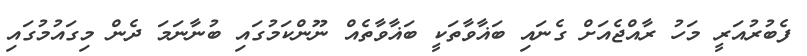
ފެބުރުއަރީ މަހު ރާއްޖެއަށް ގެނައި ބަޣާވާތަކީ ބަޣާވާތެއް ނޫންކަމުގައި ބުނާނަމަ ދެން މިގައުމުގައި